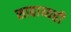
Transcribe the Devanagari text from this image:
साहाय्यही